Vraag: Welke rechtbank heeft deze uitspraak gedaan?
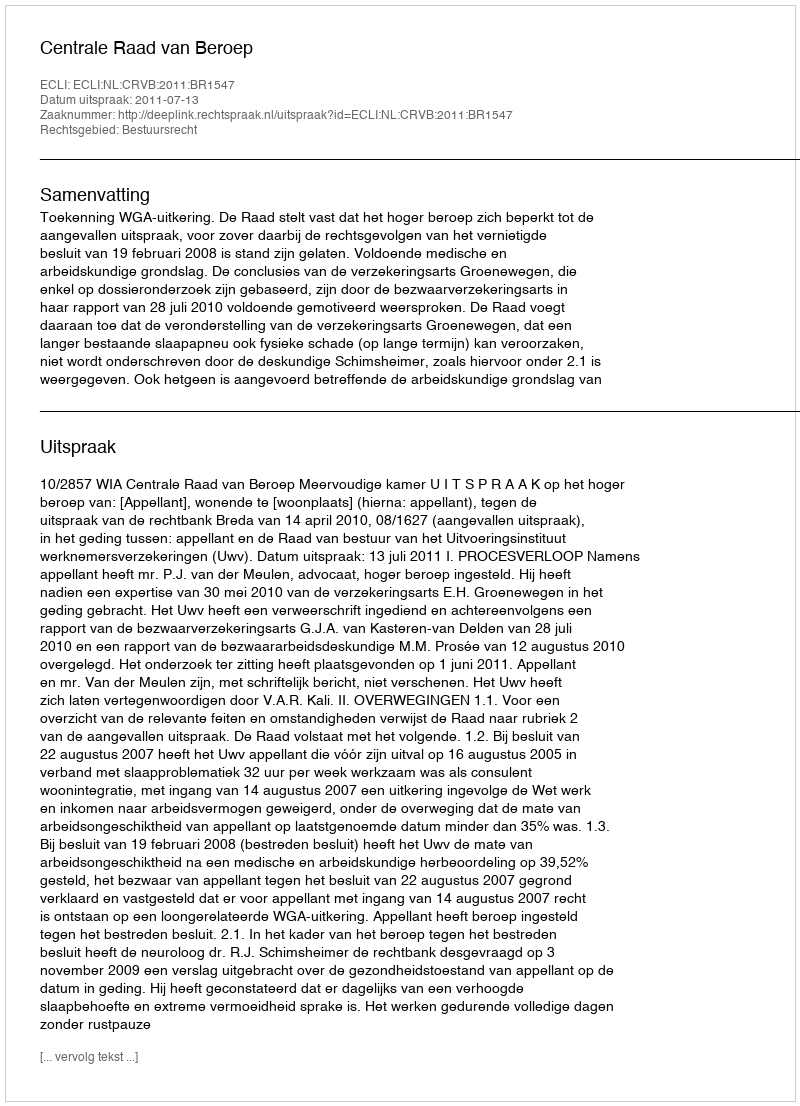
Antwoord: Centrale Raad van Beroep